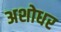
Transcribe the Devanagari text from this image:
अशोधर